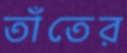
তাঁতের